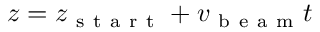
z = z _ { \mathrm { ~ s ~ t ~ a ~ r ~ t ~ } } + v _ { \mathrm { ~ b ~ e ~ a ~ m ~ } } t